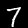
Digit: 7